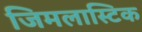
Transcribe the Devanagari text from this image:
जिमलास्टिक